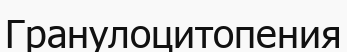
Гранулоцитопения